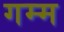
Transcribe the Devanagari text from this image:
गम्म